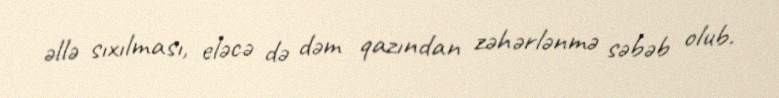
əllə sıxılması, eləcə də dəm qazından zəhərlənmə səbəb olub.